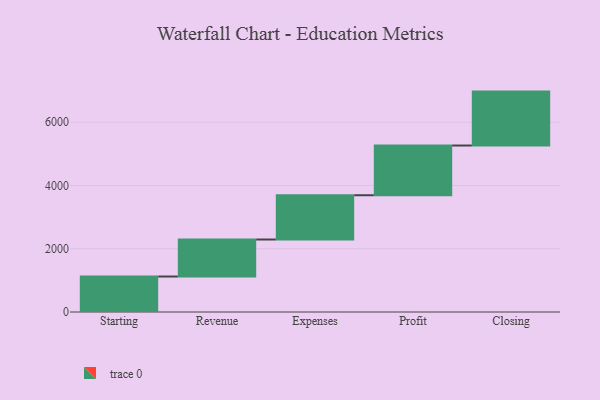
{"axis": {"x": "Step", "y": "Value"}, "legend": [""], "data": [{"x": "Starting", "y": 1122.0, "type": ""}, {"x": "Revenue", "y": 1170.0, "type": ""}, {"x": "Expenses", "y": 1400.0, "type": ""}, {"x": "Profit", "y": 1572.0, "type": ""}, {"x": "Closing", "y": 1705.0, "type": ""}]}